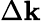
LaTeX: \Delta\mathbf{k}